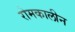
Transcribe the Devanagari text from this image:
रोमकालीन